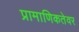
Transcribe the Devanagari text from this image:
प्रामाणिकतेवर